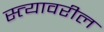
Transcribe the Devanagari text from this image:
स्त्यावरील